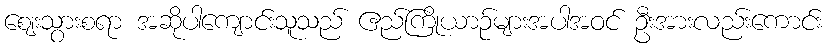
ဈေးသွားစရာ အဆိုပါကျောင်းသူသည် ဧည်ကြိုယာဉ်များအပါအဝင် ဦးအားလည်းကောင်း